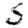
Digit: 5